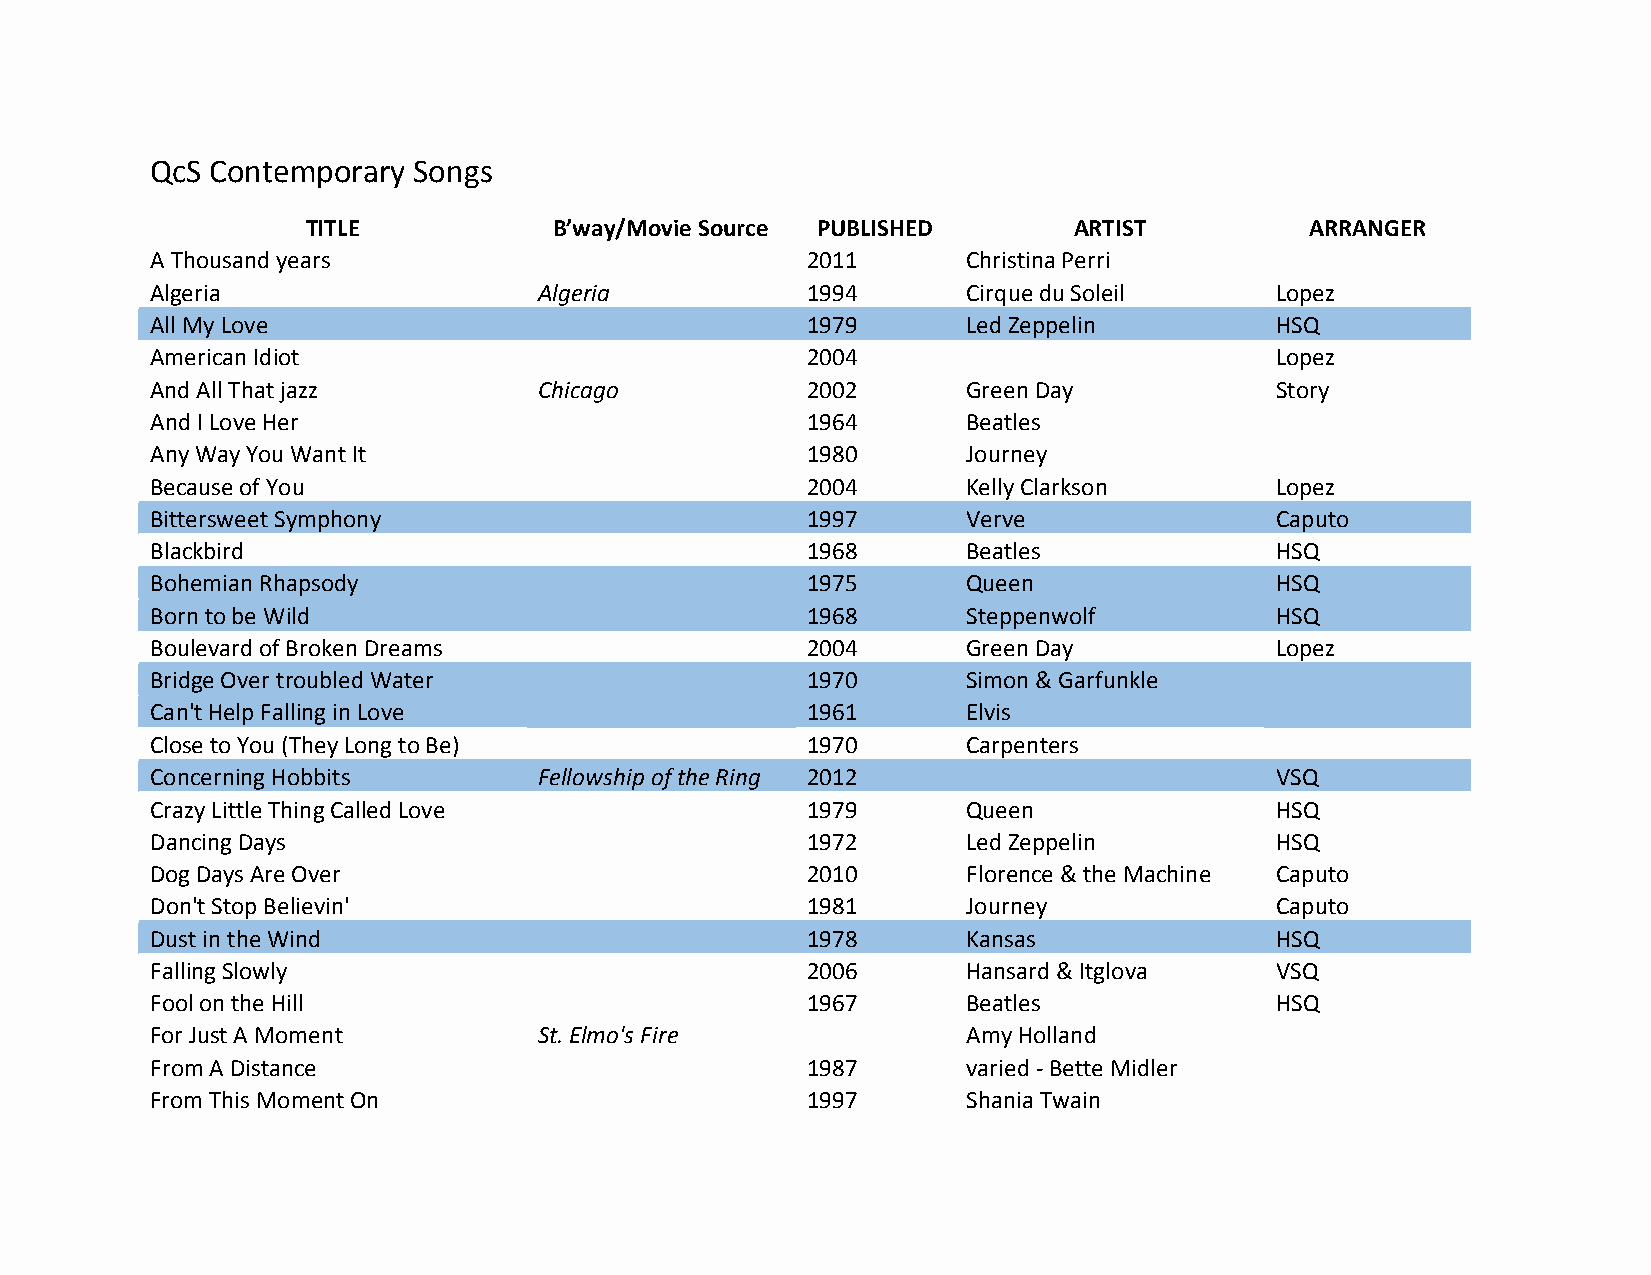
QcS Contemporary Songs
 TITLE            B’way/Movie Source PUBLISHED      ARTIST          ARRANGER
 A Thousand years                           2011       Christina Perri
 Algeria                   Algeria          1994       Cirque du Soleil    Lopez
 All My Love                                1979       Led Zeppelin        HSQ
 American Idiot                             2004                           Lopez
 And All That jazz         Chicago          2002       G reen Day          Story
 And I Love Her                             1964       Beatles
 Any Way You Want It                        1980       Journey
 Because of You                             2004       Kelly Clarkson      Lopez
 Bittersweet Symphony                       1997       Verve               Caputo
 Blackbird                                  1968       Beatles             HSQ
 Bohemian Rhapsody                          1975       Queen               HSQ
 Born to be Wild                            1968       Steppenwolf         HSQ
 Boulevard of Broken Dreams                 2004       Green Day           Lopez
 Bridge Over troubled Water                 1970       Simon & Garfunkle
 Can't Help Falling in Love                 1961       Elvis
 Close to You (They Long to Be)             1970       Carpenters
 Concerning Hobbits        Fellowship of the Ring 2012                     VSQ
 Crazy Little Thing Called Love             1979       Queen               HSQ
 Dancing Days                               1972       Led Zeppelin        HSQ
 Dog Days Are Over                          2010       Florence & the Machine Caputo
 Don't Stop Believin'                       1981       Journey             Caputo
 Dust in the Wind                           1978       Kansas              HSQ
 Falling Slowly                             2006       Hansard & Itglova   VSQ
 Fool on the Hill                           1967       Beatles             HSQ
 For Just A Moment         St. Elmo's Fire             Amy Holland
 From A Distance                            1987       varied - Bette Midler
 From This Moment On                        1997       Shania Twain